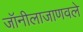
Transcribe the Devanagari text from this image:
जॉनीलाजाणवले